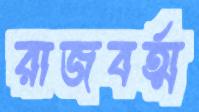
রাজবর্ত্ম